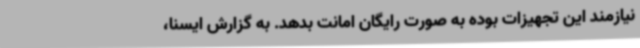
نیازمند این تجهیزات بوده به صورت رایگان امانت بدهد. به گزارش ایسنا،